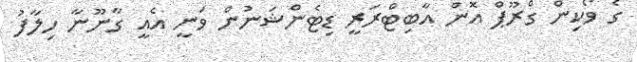
ގެ ވޯކިން ގްރޫޕް އޮން އާބިޓްރަރީ ޑިޓެންޝަނުން ވަނީ އެއީ ގާނޫނާ ހިލާފު